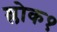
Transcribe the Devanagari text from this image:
श्लोक१